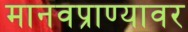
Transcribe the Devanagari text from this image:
मानवप्राण्यावर